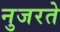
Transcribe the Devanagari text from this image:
नुजरते